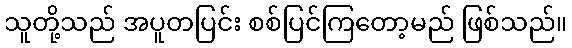
သူတို့သည် အပူတပြင်း စစ်ပြင်ကြတော့မည် ဖြစ်သည်။